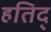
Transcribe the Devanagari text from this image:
हतिद्